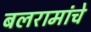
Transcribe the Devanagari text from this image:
बलरामांचे